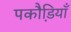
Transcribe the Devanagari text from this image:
पकौडि़याँ